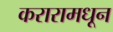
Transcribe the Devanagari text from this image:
करारामधून